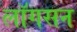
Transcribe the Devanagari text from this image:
लॉगसन